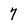
Character: 7